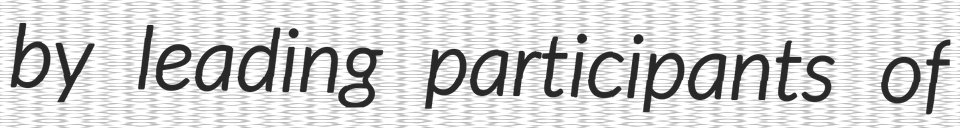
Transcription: by leading participants of